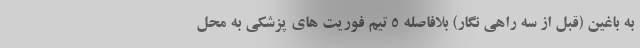
به باغین (قبل از سه راهی نگار) بلافاصله ۵ تیم فوریت های پزشکی به محل